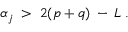
\alpha _ { j } \; > \; 2 ( p + q ) \: - \: L \; .